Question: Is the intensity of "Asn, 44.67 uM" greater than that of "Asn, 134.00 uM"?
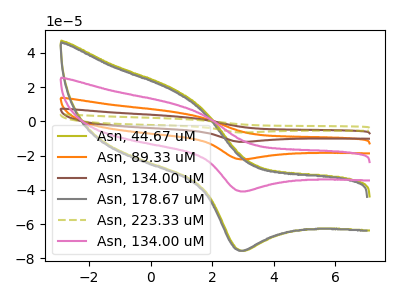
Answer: <think>The olive curve "Asn, 44.67 uM" has an anodic peak at (0.80V, 18.50uA) and a cathodic peak at (3.00V, -75.55uA). The orange curve "Asn, 89.33 uM" has an anodic peak at (0.80V, 20.05uA) and a cathodic peak at (3.00V, -81.85uA). The brown curve "Asn, 134.00 uM" has an anodic peak at (0.80V, 30.05uA) and a cathodic peak at (3.00V, -122.75uA). The gray curve "Asn, 178.67 uM" has an anodic peak at (0.75V, 17.75uA) and a cathodic peak at (2.95V, -75.55uA). The olive dashed curve "Asn, 223.33 uM" has an anodic peak at (0.80V, 40.05uA) and a cathodic peak at (3.00V, -163.65uA). The pink curve "Asn, 134.00 uM" has an anodic peak at (0.80V, 10.00uA) and a cathodic peak at (3.00V, -40.90uA).
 All the peaks in "Asn, 44.67 uM" have a peak in "Asn, 134.00 uM" at the same potential. Every peak in "Asn, 44.67 uM" is higher than every peak in "Asn, 134.00 uM".</think>
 <answer>"Asn, 44.67 uM" has more signal than "Asn, 134.00 uM".</answer>
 <eval>more_signal</eval>